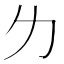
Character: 𠠲